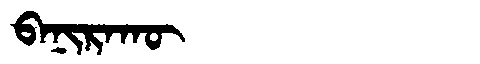
Manchu: ᠪᠠᠨᡳᡵᠠᡴᡡ
Romanization: BANIRAKŪ